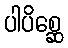
ပါပိစ္ဆေ